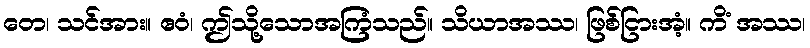
တေ၊ သင်အား။ ဧဝံ၊ ဤသို့သောအကြံသည်။ သိယာအဿ၊ ဖြစ်ငြားအံ့။ ကိံ အဿ၊